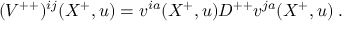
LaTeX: ( { V } ^ { + + } ) ^ { i j } ( X ^ { + } , u ) = v ^ { i a } ( X ^ { + } , u ) D ^ { + + } v ^ { j a } ( X ^ { + } , u ) \; .